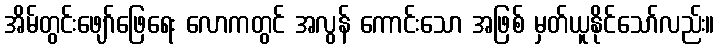
အိမ်တွင်းဖျော်ဖြေရေး လောကတွင် အလွန် ကောင်းသော အဖြစ် မှတ်ယူနိုင်သော်လည်း။